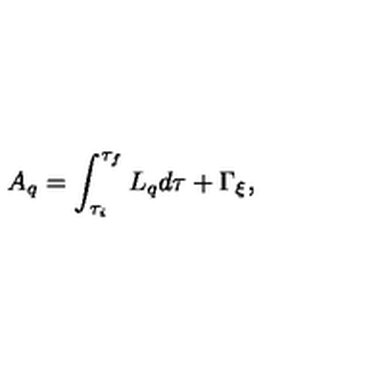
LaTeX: A _ { q } = \int _ { \tau _ { i } } ^ { \tau _ { f } } L _ { q } d \tau + \Gamma _ { \xi } ,